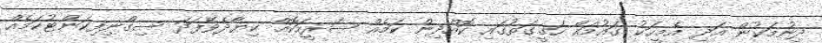
ދިނުމަކުން އަދި އެމީހަކު ގައުމައް ހަގީގަތުގައި ކޮއްދިން ކަމެއް ސަރީހަކޮއް ކިޔާދެވޭފަދަ ސިގްނިފިކަންޓުކަމެއް